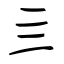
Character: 亖